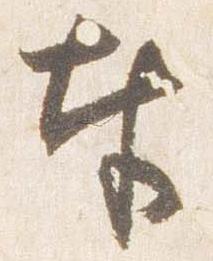
奉